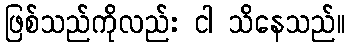
ဖြစ်သည်ကိုလည်း ငါ သိနေသည်။